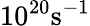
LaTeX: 10^{20}\mathrm{s}^{-1}